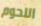
اللحوم